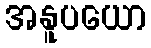
အနူပယော